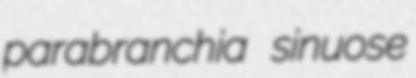
parabranchia sinuose